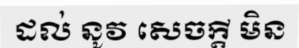
ដល់ នូវ សេចក្តី មិន